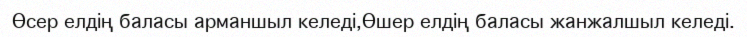
Өсер елдің баласы арманшыл келеді,Өшер елдің баласы жанжалшыл келеді.